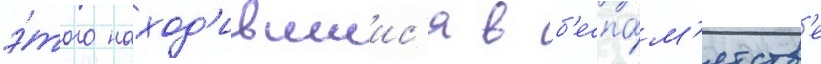
э́того наход'ившиис'я в б'еспа́м'ятств'е